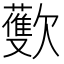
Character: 𪴳